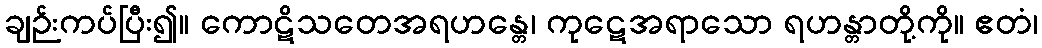
ချဉ်းကပ်ပြီး၍။ ကောဋိသတေအရဟန္တေ၊ ကုဋေအရာသော ရဟန္တာတို့ကို။ ဧတံ၊